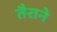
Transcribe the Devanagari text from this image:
तैराने